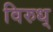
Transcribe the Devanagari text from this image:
विरुध्